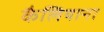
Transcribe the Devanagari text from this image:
कैलियाना